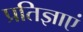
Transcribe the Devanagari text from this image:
प्रतिज्ञाएं